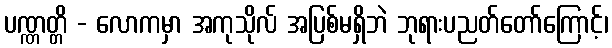
ပဏ္ဏတ္တိ - လောကမှာ အကုသိုလ် အပြစ်မရှိဘဲ ဘုရားပညတ်တော်ကြောင့်၊